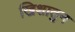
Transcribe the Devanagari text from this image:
खिशातुन